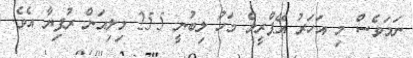
ނަމަވެސް މި އަހަރު އޭޕްރީލް މަހު ލިބުނީ 25.5 މިލިއަން ރުފިޔާ އެވެ.